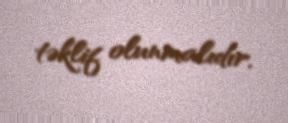
təklif olunmalıdır.